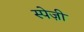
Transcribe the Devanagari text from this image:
स्पेज़ी